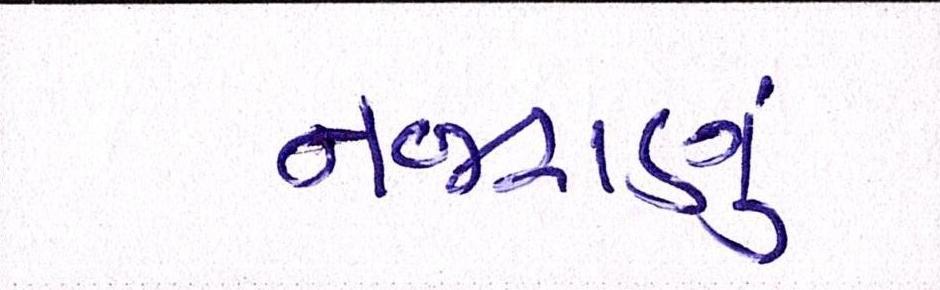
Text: નજરાણું